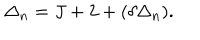
\Delta _ { n } = J + 2 + ( \delta \Delta _ { n } ) .